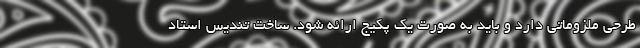
طرحی ملزوماتی دارد و باید به صورت یک پکیج ارائه شود. ساخت تندیس استاد